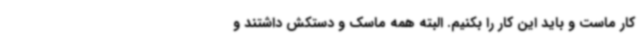
کار ماست و باید این کار را بکنیم. البته همه ماسک و دستکش داشتند و